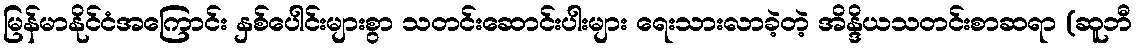
မြန်မာနိုင်ငံအကြောင်း နှစ်ပေါင်းများစွာ သတင်းဆောင်းပါးများ ရေးသားလာခဲ့တဲ့ အိန္ဒိယသတင်းစာဆရာ (ဆူဘီ